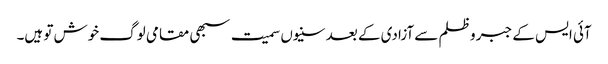
آئی ایس کے جبر و ظلم سے آزادی کے بعد سنیوں سمیت سبھی مقامی لوگ خوش تو ہیں۔